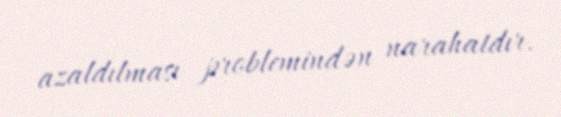
azaldılması problemindən narahatdır.